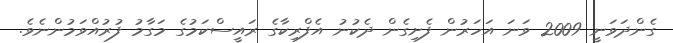
ގެންދަވަނީ 2009 ވަނަ އަހަރުން ފެށިގެން ދެކުނު އެފްރިކާގެ ރައީސްކަމުގެ މަގާމު ފުރުއްވަމުންނެވެ.